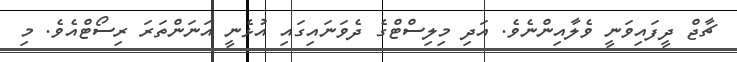
ޗާޖް ދީފައިވަނީ ވެލާއިންނެވެ. އަދި މިލިސްޓްގެ ދެވަނައިގައި އުޅެނީ އަނަންތަރަ ރިސޯޓްއެވެ. މި